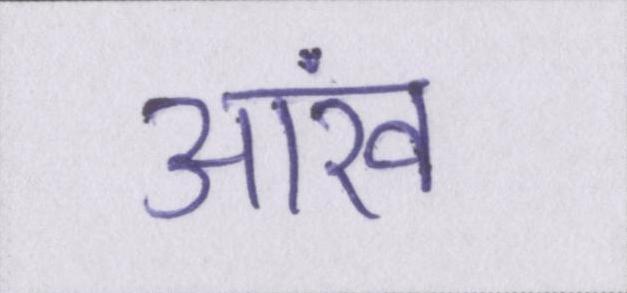
आंख